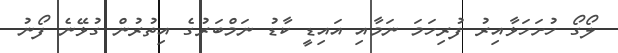
ލޯގޯ ހުށަހަޅާއިރު ފުރިހަމަ ނަމާއި އައިޑީ ކާޑު ނަމްބަރުގެ އިތުރުން ގުޅޭނެ ފޯނު